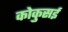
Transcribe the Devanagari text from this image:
कोकुसई